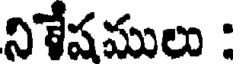
నిేషములు :